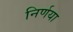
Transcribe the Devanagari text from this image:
निर्णया